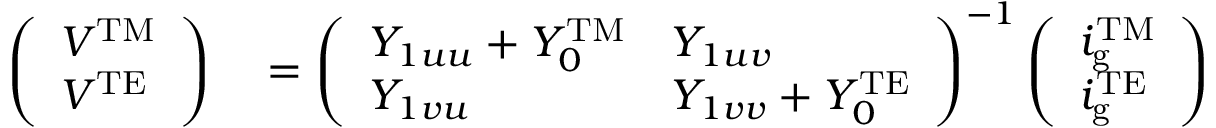
\begin{array} { r l } { \left( \begin{array} { l } { V ^ { \mathrm { T M } } } \\ { V ^ { \mathrm { T E } } } \end{array} \right) } & { { } = \left( \begin{array} { l l } { Y _ { 1 u u } + Y _ { 0 } ^ { \mathrm { T M } } } & { Y _ { 1 u v } } \\ { Y _ { 1 v u } } & { Y _ { 1 v v } + Y _ { 0 } ^ { \mathrm { T E } } } \end{array} \right) ^ { - 1 } \left( \begin{array} { l } { i _ { \mathrm { g } } ^ { \mathrm { T M } } } \\ { i _ { \mathrm { g } } ^ { \mathrm { T E } } } \end{array} \right) } \end{array}